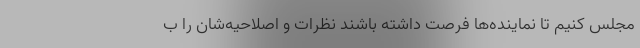
مجلس کنیم تا نماینده‌ها فرصت داشته باشند نظرات و اصلاحیه‌شان را ب